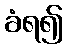
ခံရ၍